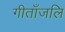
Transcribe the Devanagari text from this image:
गीताँजलि